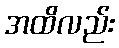
အထိလည်း